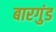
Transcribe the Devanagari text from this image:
बारगुंड